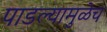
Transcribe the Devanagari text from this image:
पाडल्यामुळेच